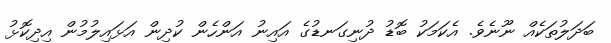
ބަދަލުތަކެއް ނޫނެވެ. އެކަމަކު ބޮޑު ދުނިގަނޑުގެ އައިނު އަންހެން ކުދިން އަޅައިލުމުން އިދިކޮޅު